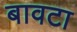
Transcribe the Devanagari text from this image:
बावटा